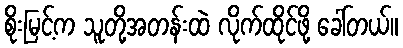
စိုးမြင့်က သူတို့အတန်းထဲ လိုက်ထိုင်ဖို့ ခေါ်တယ်။